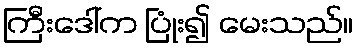
ကြီးဒေါ်က ပြုံး၍ မေးသည်။